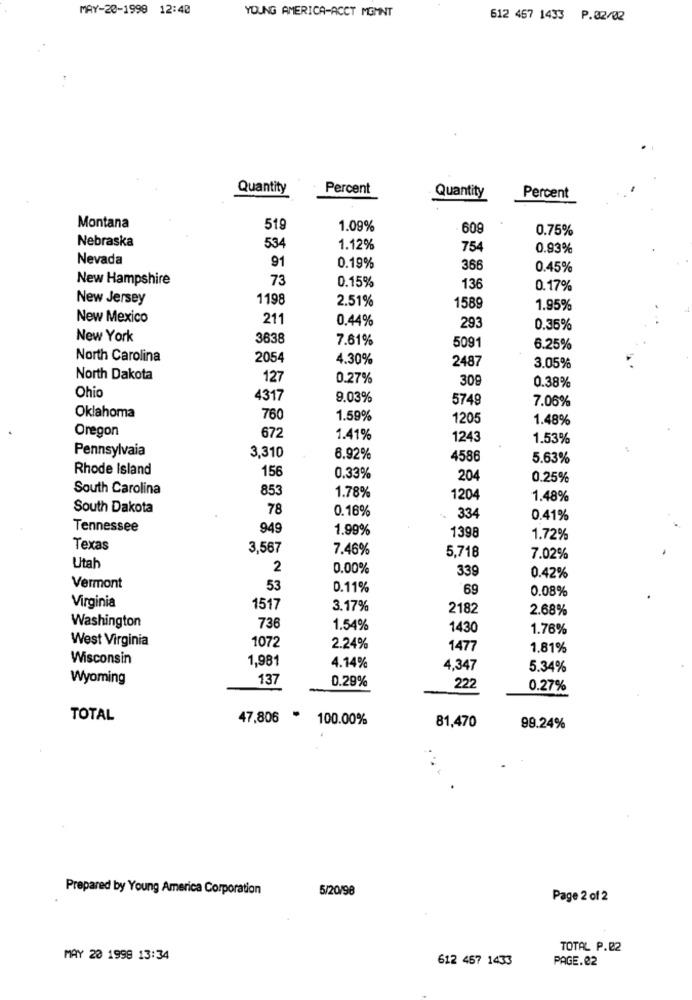
MAY-20-1999 12:40
YOUNG AMERICA-ACCT MGMNT
612 457 1433 P.82/02
Quantity
Percent
Quantity
Percent
Montana
519
1.09%
609
0.75%
Nebraska
534
1.12%
754
0.93%
Nevada
91
0.19%
366
0.45%
New Hampshire
73
0.15%
136
0.17%
New Jersey
1198
2.51%
1589
1.95%
New Mexico
211
0.44%
293
0.35%
New York
3638
7.61%
5091
6.25%
North Carolina
2054
4.30%
2487
3.05%
North Dakota
127
0.27%
309
0.38%
Ohio
4317
9.03%
5749
7.06%
Oklahoma
760
1.59%
1205
1.48%
Oregon
672
1.41%
1243
1.53%
Pennsylvaia
3,310
6.92%
4586
5.63%
Rhode Island
156
0.33%
204
0.25%
South Carolina
853
1.78%
1204
1.48%
South Dakota
78
0.16%
334
0.41%
Tennessee
949
1.99%
1398
1.72%
Texas
3,567
7.46%
5,718
7.02%
Utah
2
0.00%
339
0.42%
Vermont
53
0.11%
69
0.08%
Virginia
1517
3.17%
2182
2.68%
Washington
736
1.54%
1430
1.76%
West Virginia
1072
2.24%
1477
1.81%
Wisconsin
1,981
4.14%
4,347
5.34%
Wyoming
137
0.29%
222
0.27%
TOTAL
47,806
· 100.00%
81,470
99.24%
Prepared by Young America Corporation
6/20/98
Page 2 of 2
TOTAL P.22
MAY 20 1998 13:34
612 457 1433
PAGE.22